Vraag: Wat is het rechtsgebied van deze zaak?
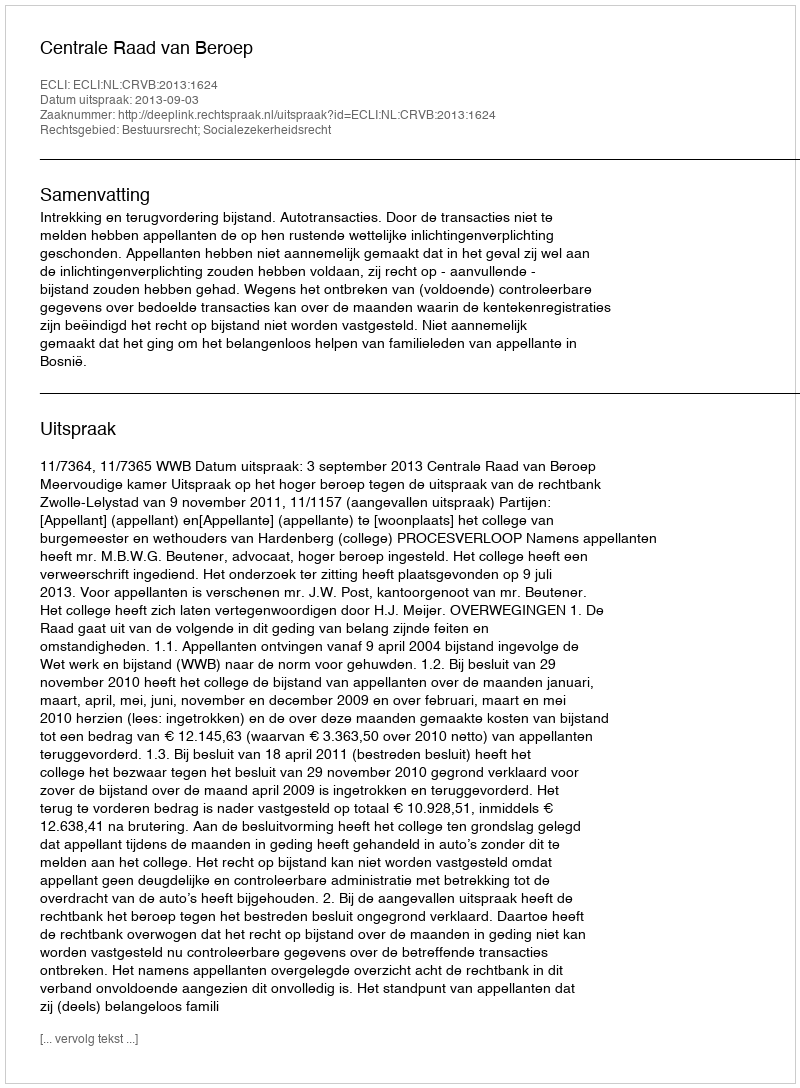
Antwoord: Bestuursrecht; Socialezekerheidsrecht